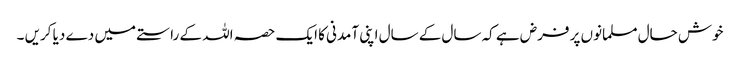
خوش حال مسلمانوں پر فرض ہے کہ سال کے سال اپنی آمدنی کا ایک حصہ اللہ کے راستے میں دے دیا کریں ۔